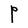
Character: P